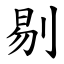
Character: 剔